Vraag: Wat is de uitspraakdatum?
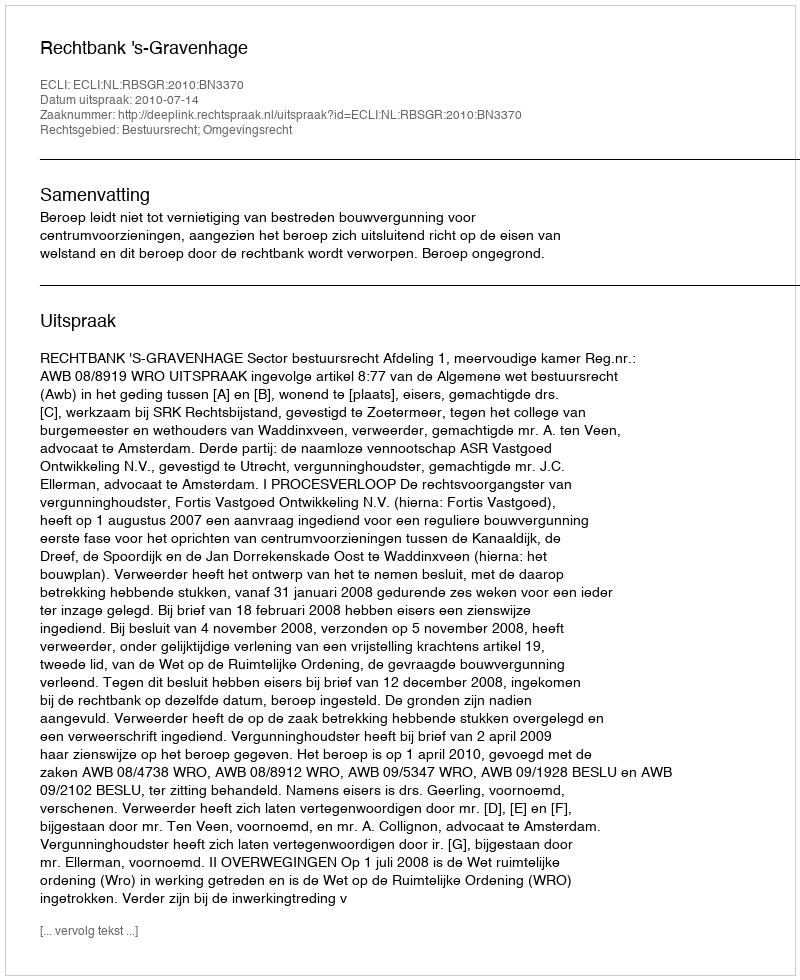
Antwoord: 2010-07-14